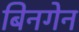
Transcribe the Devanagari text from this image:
बिनगेन